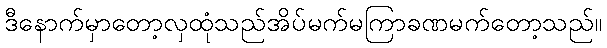
ဒီနောက်မှာတော့လှထုံသည်အိပ်မက်မကြာခဏမက်တော့သည်။